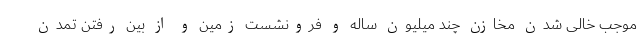
موجب خالی شدن مخازن چند میلیون ساله و فرونشست زمین و از بین رفتن تمدن